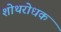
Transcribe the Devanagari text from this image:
शोथरोधक